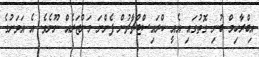
އިބްރާހިމް ބުނި ގޮތުގައި އެއީ ކްރައިސްޓްޗާޗުން ފެންނަ މަންޒަރެއް ނޫނެވެ. އެ އަވަށުގެ